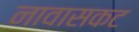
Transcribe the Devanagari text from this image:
नावासकट